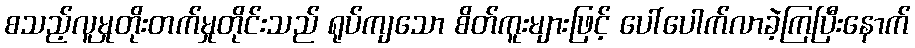
စသည့်လူမှုတိုးတက်မှုတိုင်းသည် ရုပ်ကျသော စိတ်ကူးများဖြင့် ပေါ်ပေါက်လာခဲ့ကြပြီးနောက်